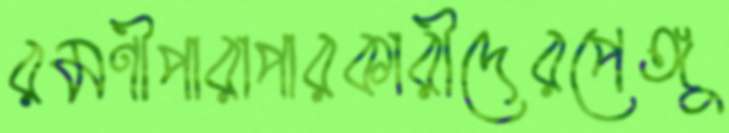
রমণীপারাপারকারীদেরপেঙ্গু